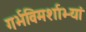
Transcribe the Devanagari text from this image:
गर्भविमर्शाभ्यां